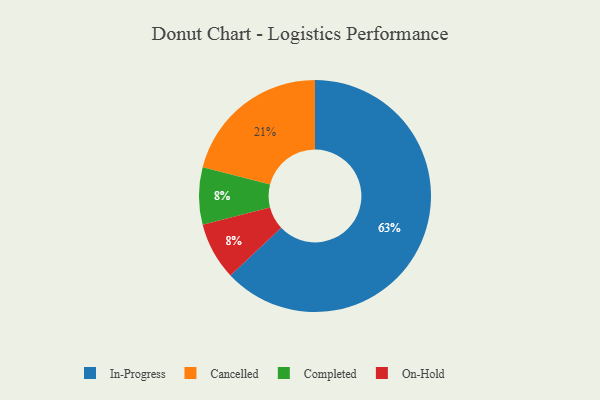
{"axis": {"x": "Category", "y": "Percentage"}, "legend": ["Cancelled", "Completed", "In-Progress", "On-Hold"], "data": [{"x": "Completed", "y": 8, "type": "Completed"}, {"x": "In-Progress", "y": 63, "type": "In-Progress"}, {"x": "Cancelled", "y": 21, "type": "Cancelled"}, {"x": "On-Hold", "y": 8, "type": "On-Hold"}]}